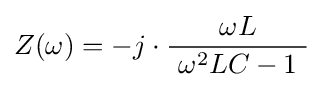
Z(\omega )=-j\cdot {\frac {\omega L}{\ \omega ^{2}LC-1\ }}~